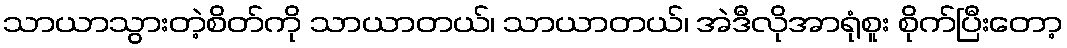
သာယာသွားတဲ့စိတ်ကို သာယာတယ်၊ သာယာတယ်၊ အဲဒီလိုအာရုံစူး စိုက်ပြီးတော့